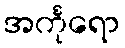
အင်္ကုရော